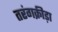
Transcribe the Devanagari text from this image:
तरंगक्रीड़ा